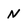
Character: N